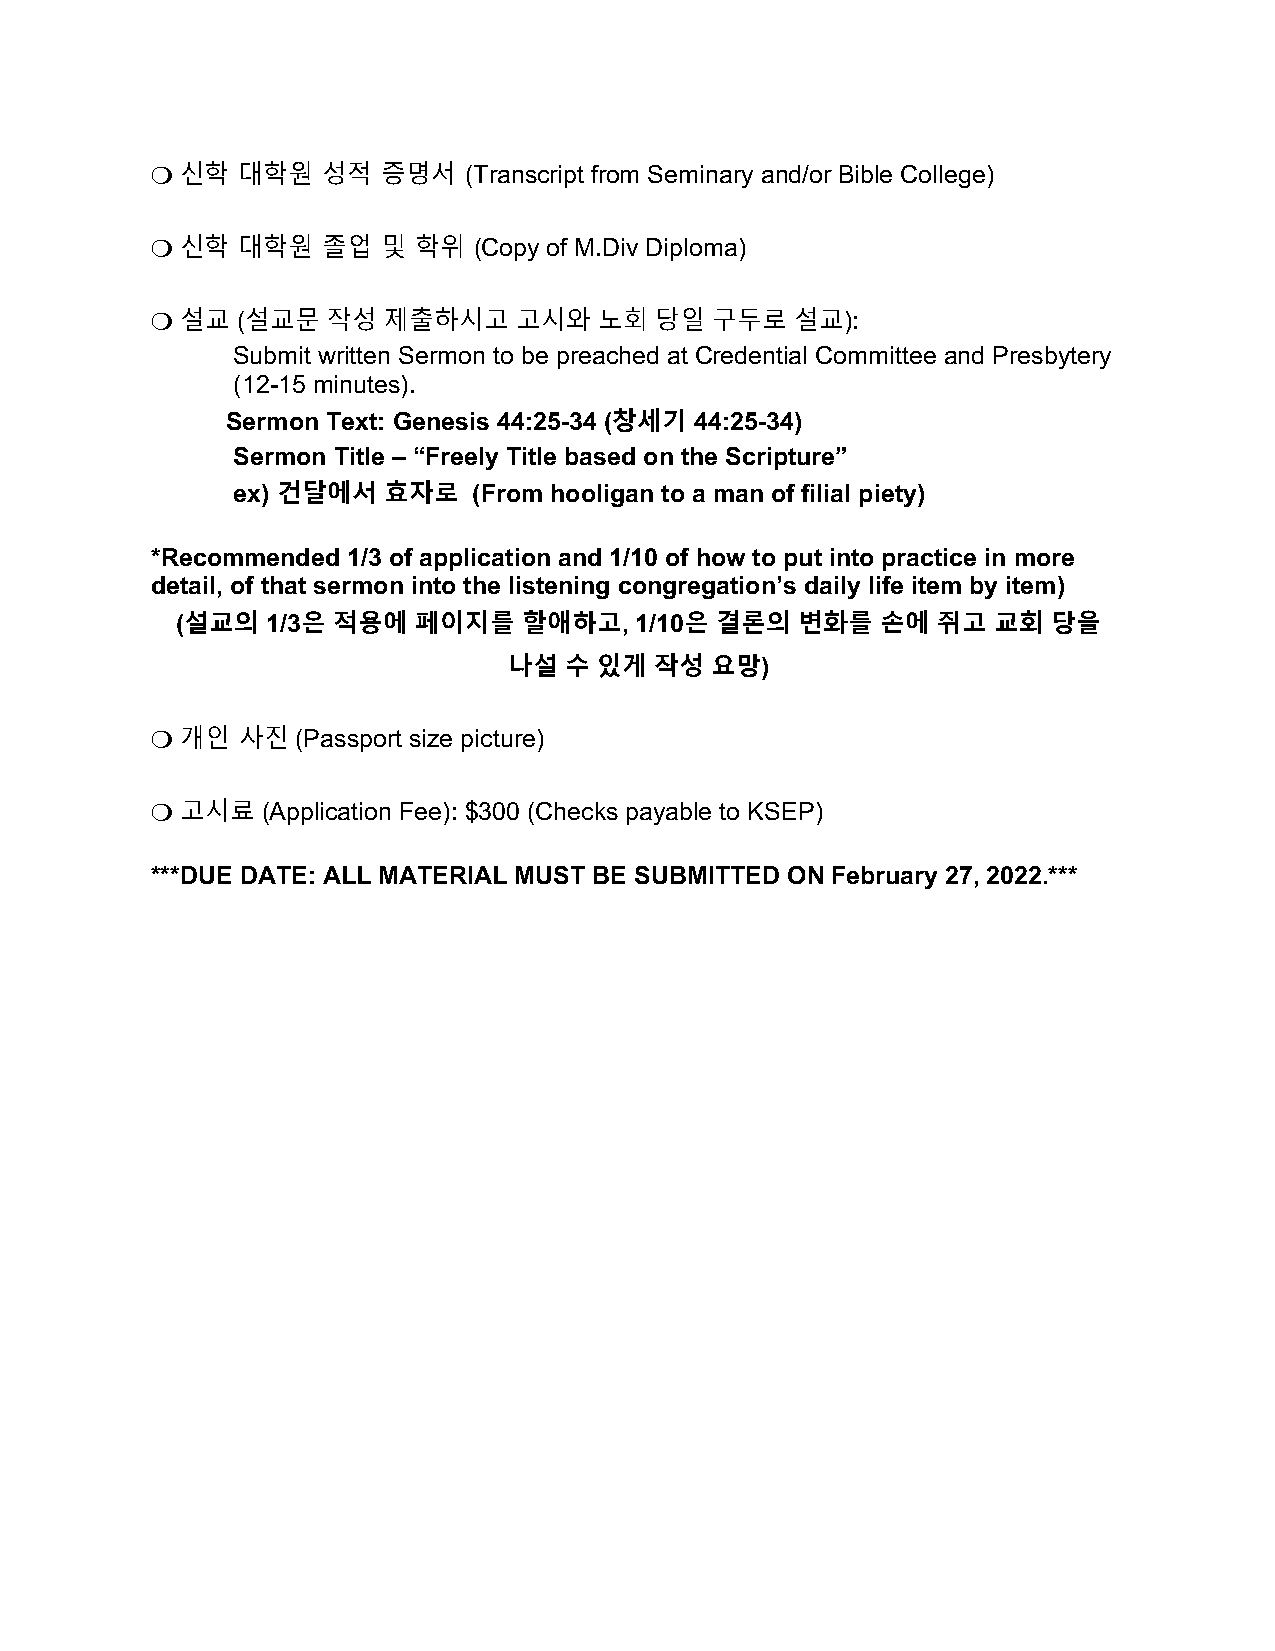
!"신학  대학원  성적  증명서   (Transcript from Seminary and/or Bible College)
 !"신학  대학원  졸업  및 학위  (Copy of M.Div Diploma)
 !"설교"(설교문   작성 제출하시고    고시와   노회 당일  구두로   설교):
 Submit written Sermon to be preached at Credential Committee and Presbytery
 (12-15 minutes).
 Sermon Text: Genesis 44:25-34 (창세기 44:25-34)
 Sermon Title – “Freely Title based on the Scripture”
 ex) 건달에서  효자로   (From hooligan to a man of filial piety)
 *Recommended 1/3 of application and 1/10 of how to put into practice in more
 detail, of that sermon into the listening congregation’s daily life item by item)
 (설교의  1/3은 적용에 페이지를    할애하고,  1/10은 결론의  변화를  손에  쥐고  교회  당을
 나설 수  있게 작성  요망)
 !"개인  사진"(Passport size picture)
 !"고시료"(Application Fee): $300 (Checks payable to KSEP)
 ***DUE DATE: ALL MATERIAL MUST BE SUBMITTED ON February 27, 2022.***